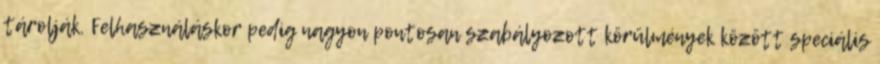
tárolják. Felhasználáskor pedig nagyon pontosan szabályozott körülmények között speciális